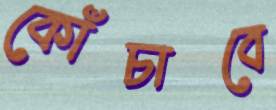
কোঁচাবে